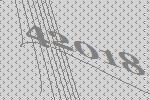
42018